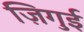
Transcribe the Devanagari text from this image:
ज़िगुई